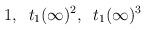
LaTeX: \begin{align*}1,\;\; t_1(\infty)^2,\;\;t_1(\infty)^3\end{align*}